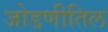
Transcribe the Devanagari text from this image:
जोडणीतिल